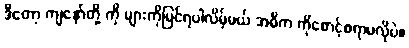
ဒီတော့ ကျနော်တို့ ကို များကိုမြင်ရပါလိမ့်မယ် အဓိက ကိုစောင့်စရာမလိုပဲ။